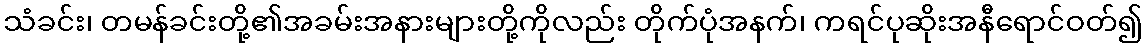
သံခင်း၊ တမန်ခင်းတို့၏အခမ်းအနားများတို့ကိုလည်း တိုက်ပုံအနက်၊ ကရင်ပုဆိုးအနီရောင်ဝတ်၍